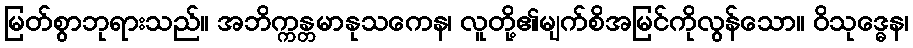
မြတ်စွာဘုရားသည်။ အဘိက္ကန္တမာနုသကေန၊ လူတို့၏မျက်စိအမြင်ကိုလွန်သော။ ဝိသုဒ္ဓေန၊